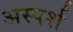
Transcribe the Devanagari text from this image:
अस्पर्श